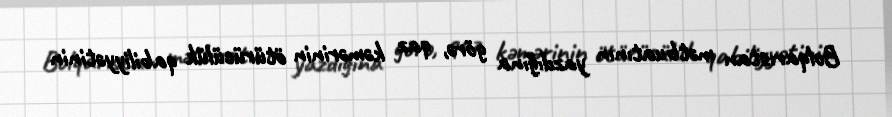
Bolqarıstan mətbuatının yazdığına görə, qaz kəmərinin ötürücülük qabiliyyətinin